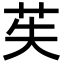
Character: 苵